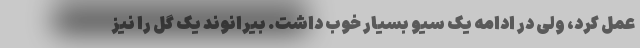
عمل کرد، ولی در ادامه یک سیو بسیار خوب داشت. بیرانوند یک گل را نیز